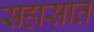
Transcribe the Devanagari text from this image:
सहासात